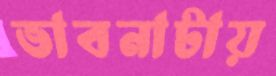
ভাবনাটায়